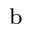
^ \mathrm { b }